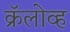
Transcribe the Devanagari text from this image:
क्रॅलोव्ह